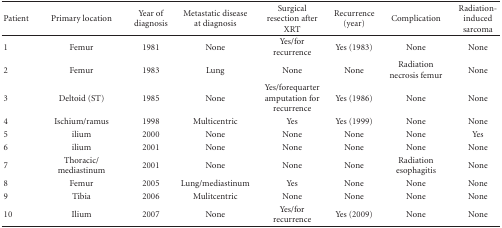
| Patient | Primary location | Year of diagnosis | Metastatic disease at diagnosis | Surgical resection after XRT | Recurrence (year) | Complication | Radiation-induced sarcoma |
 | --- | --- | --- | --- | --- | --- | --- | --- |
 | 1 | Femur | 1981 | None | Yes/for recurrence | Yes (1983) | None | None |
 | 2 | Femur | 1983 | Lung | None | None | Radiation necrosis femur | None |
 | 3 | Deltoid (ST) | 1985 | None | Yes/forequarter amputation for recurrence | Yes (1986) | None | None |
 | 4 | Ischium/ramus | 1998 | Multicentric | Yes | Yes (1999) | None | None |
 | 5 | ilium | 2000 | None | None | None | None | Yes |
 | 6 | ilium | 2001 | None | None | None | None | None |
 | 7 | Thoracic/ mediastinum | 2001 | None | None | None | Radiation esophagitis | None |
 | 8 | Femur | 2005 | Lung/mediastinum | Yes | None | None | None |
 | 9 | Tibia | 2006 | Mulitcentric | None | None | None | None |
 | 10 | Ilium | 2007 | None | Yes/for recurrence | Yes (2009) | None | None |